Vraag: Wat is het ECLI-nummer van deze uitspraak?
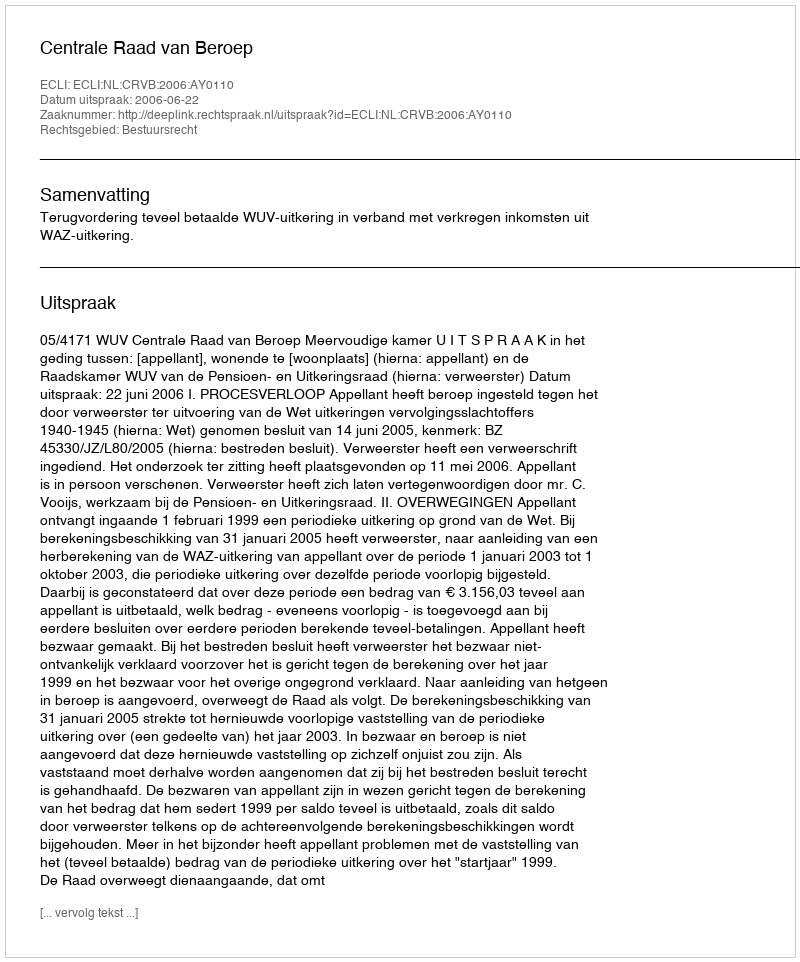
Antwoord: ECLI:NL:CRVB:2006:AY0110